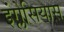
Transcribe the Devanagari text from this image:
इंग्लेसियास